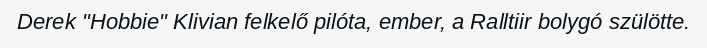
Derek "Hobbie" Klivian felkelő pilóta, ember, a Ralltiir bolygó szülötte.